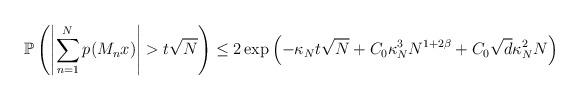
LaTeX: \begin{align*} \mathbb{P}\left(\left|\sum_{n=1}^Np(M_nx)\right|>t\sqrt{N}\right)\leq 2\exp\left(-\kappa_Nt\sqrt{N}+C_0\kappa_N^3N^{1+2\beta}+C_0\sqrt{d}\kappa_N^2N\right)\end{align*}